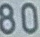
80